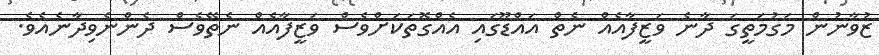
ޒުވާނުން މަގުމަތީގަ ދާނެ ވަޒީފާއެއް ނެތް އައްޑޫގައި އެއްގޮތަކަށްވެސް ވަޒީފާއެއް ނެތޭވެސް ދެންނެވިދާނެއެވެ.